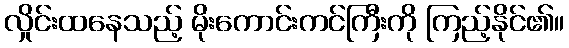
လှိုင်းထနေသည့် မိုးကောင်းကင်ကြီးကို ကြည့်နိုင်၏။